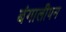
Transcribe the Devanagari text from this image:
बंगालीपन